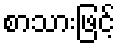
စာသားဖြင့်